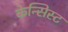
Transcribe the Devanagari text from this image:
केन्सिस्ट